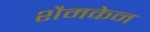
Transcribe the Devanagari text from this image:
शैमकेन